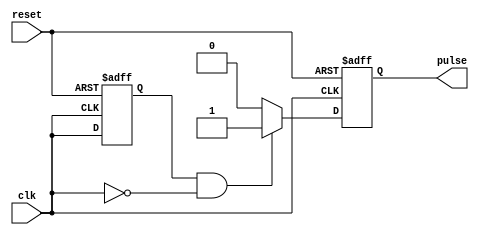
module Falling_Edge_Pulse_Generator (
    input wire clk,
    input wire reset,
    output reg pulse
);

reg past_clk;

always @(posedge clk or posedge reset) begin
    if (reset) begin
        past_clk <= 1'b0;
        pulse <= 1'b0;
    end else begin
        if (past_clk && !clk) begin
            pulse <= 1'b1;
        end else begin
            pulse <= 1'b0;
        end
        past_clk <= clk;
    end
end

endmodule